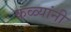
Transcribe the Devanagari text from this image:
कळ्यांनी